Report of the Indian Hemp Drugs Commission, 1894-1895 - Volume VI
Year: 1894
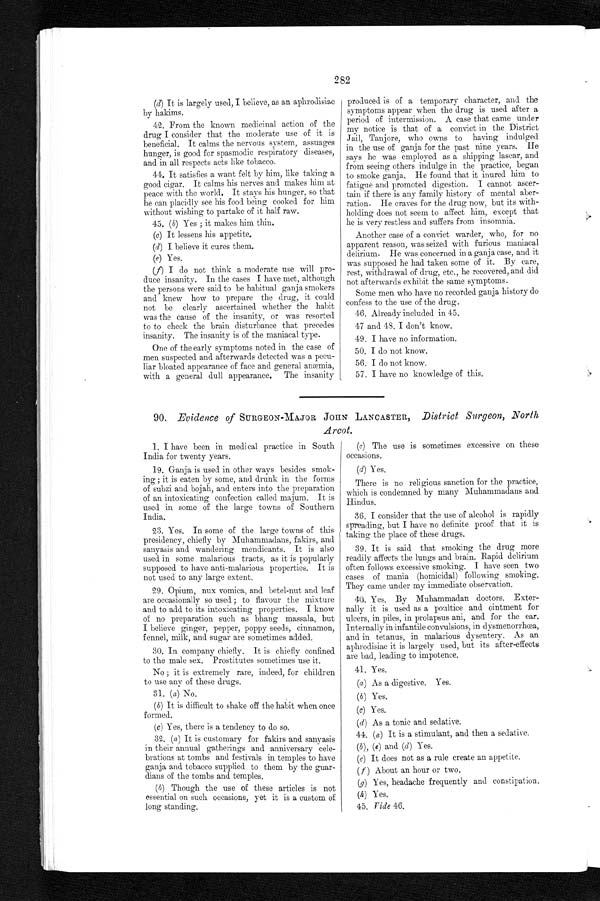
282
(d) It is largely used, I believe, as an aphrodisiac
by hakims.
42. From the known medicinal action of the
drug I consider that the moderate use of it is
beneficial. It calms the nervous system, assuages
hunger, is good for spasmodic respiratory diseases,
and in all respects acts like tobacco.
44. It satisfies a want felt by him, like taking a
good cigar. It calms his nerves and makes him at
peace with the world. It stays his hunger, so that
he can placidly see his food being cooked for him
without wishing to partake of it half raw.
45. (b) Yes ; it makes him thin.
(c) It lessens his appetite.
(d) I believe it cures them.
( e ) Y e s .
(f) I do not think a moderate use will pro-
duce insanity. In the cases I have met, although
the persons were said to be habitual ganja smokers
and knew how to prepare the drug, it could
not be clearly ascertained whether the habit
was the cause of the insanity, or was resorted
to to check the brain disturbance that precedes
insanity. The insanity is of the maniacal type.
One of the early symptoms noted in the case of
men suspected and afterwards detected was a pecu-
liar bloated appearance of face and general anæmia,
with a general dull appearance. The insanity
produced is of a temporary character, and the
symptoms appear when the drug is used after a
period of intermission. A case that came under
my notice is that of a convict in the District
Jail, Tanjore, who owns to having indulged
in the use of ganja for the past nine years. He
says he was employed as a shipping lascar, and
from seeing others indulge in the practice, began
to smoke ganja. He found that it inured him to
fatigue and promoted digestion. I cannot ascer-
tain if there is any family history of mental aber-
ration. He craves for the drug now, but its with-
holding does not seem to affect him, except that
he is very restless and suffers from insomnia.
Another case of a convict warder, who, for no
apparent reason, was seized with furious maniacal
delirium. He was concerned in a ganja case, and it
was supposed he had taken some of it. By care,
rest, withdrawal of drug, etc., lie recovered, and did
not afterwards exhibit the same symptoms.
Some men who have no recorded ganja history do
confess to the use of the drug.
46. Already included in 45.
47 and 45. I don't know.
49. I have no information.
50. I do not know.
56. I do not know.
57. I have no knowledge of this.
90. Evidence of SURGEON-MAJOR JOHN LANCASTER, District Surgeon, North
Arcot.
1. I have been in medical practice in South
India for twenty years.
19. Ganja is used in other ways besides smok-
ing ; it is eaten by some, and drunk in the forms
of subzi and bojah, and enters into the preparation
of an intoxicating confection called majum. It is
used in some of the large towns of Southern
India.
23. Yes. In some of the large towns of this
presidency, chiefly by Muhammadans, fakirs, and
sanyasis and wandering mendicants. It is also
used in some malarious tracts, as it is popularly
supposed to have anti-malarious properties. It is
not used to any large extent.
29. Opium, nut vomica, and betel-nut and leaf
are occasionally so used ; to flavour the mixture
and to add to its intoxicating properties. I know
of no preparation such as bhang massala, but
I believe ginger, pepper, poppy seeds, cinnamon,
fennel, milk, and sugar are sometimes added.
30. In company chiefly. It is chiefly confined
to the male sex. Prostitutes sometimes use it.
No ; it is extremely rare, indeed, for children
to use any of these drugs.
31. ( a) No.
( b) It is difficult to shake off the habit when once
formed.
(c) Yes, there is a tendency to do so.
32.
( a ) It is customary for fakirs and sanyasis
in their annual gatherings and anniversary cele-
brations at tombs and festivals in temples to have
ganja and tobacco supplied to them by the guar-
dians of the tombs and temples.
( b ) Though the use of these articles is not
essential on such occasions, yet it is a custom of
long standing.
(c) The use is sometimes excessive on these
occasions.
(d) Yes.
There is no religious sanction for the practice,
which is condemned by many Muhammadans and
Hindus.
36. I consider that the use of alcohol is rapidly
spreading, but I have no definite proof that it is
taking the place of these drugs.
39. It is said that smoking the drug more
readily affects the lungs and brain. Rapid delirium
often follows excessive smoking. I have seen two
cases of mania (homicidal) following smoking.
They came under my immediate observation.
40. Yes. By Muhammadan doctors. Exter-
nally it is used as a poultice and ointment for
ulcers, in piles, in prolapses ani, and for the ear.
Internally in infantile convulsions, in dysmenorrhoea,
and in tetanus, in malarious dysentery. As an
aphrodisiac it is largely used, but its after-effects
are bad, leading to impotence.
41. Yes.
(a) As a digestive. Yes.
( b ) Yes.
(c) Yes.
(d) As a tonic and sedative.
44. ( a) It is a stimulant, and then a sedative.
(b ) , (e) and (d) Yes.
(e) It does not as a rule create an appetite.
( f ) About an hour or two.
(g) Yes, headache frequently and constipation.
(h ) Yes.
45. Vide 46.